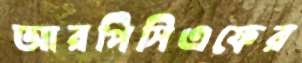
আরপিসিএফের